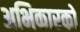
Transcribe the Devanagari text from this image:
अभिकारको